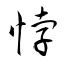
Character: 悖